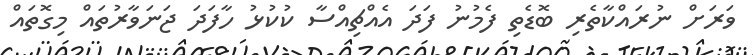
ވަރަށް ނުރައްކާތެރި ބޮޑެތި ފެމުނު ފަދަ އެއްޗިއްސާ ކުކުޅު ހާފަދަ ޖަނަވާރުތައް މިގޮތައް